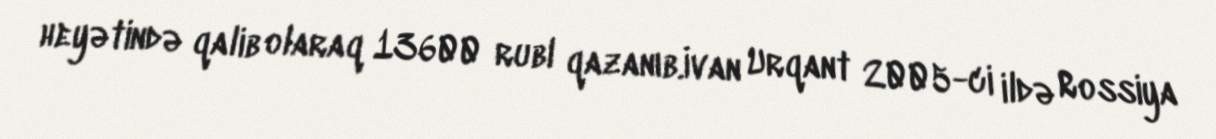
heyətində qalib olaraq 13600 rubl qazanıb.İvan Urqant 2005-ci ildə Rossiya